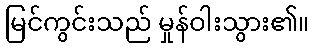
မြင်ကွင်းသည် မှုန်ဝါးသွား၏။